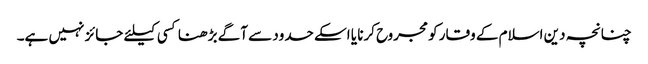
چنانچہ دین اسلام کے وقار کو مجروح کرنا یا اسکے حدود سے آگے بڑھنا کسی کیلئے جائز نہیں ہے۔